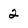
Character: 2